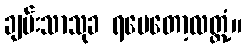
ချမ်းသာသုခ ရပေတော့လတ္တံ့။